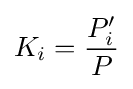
K_{i}={\frac {P'_{i}}{P}}